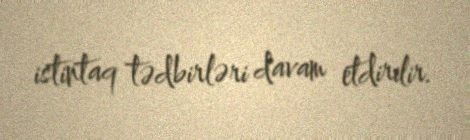
istintaq tədbirləri davam etdirilir.